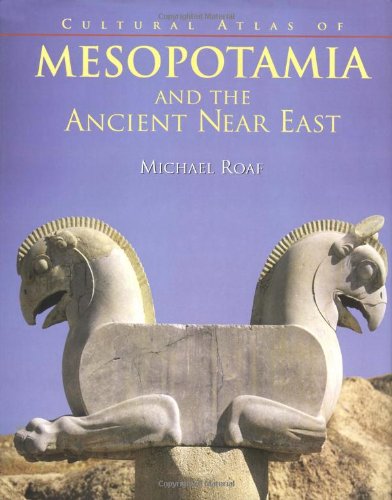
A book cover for Cultural Atlas of Mesopotamia and the Ancient Near East; Michael Roaf; History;